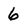
Character: 6